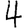
Digit: 4